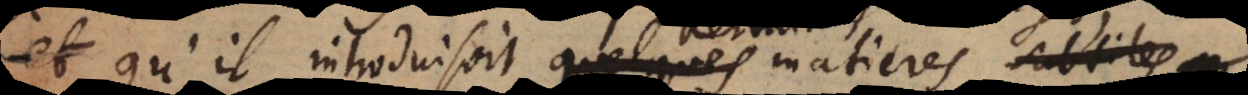
et qu’il introduisoit quelques matieres subtiles